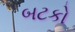
બટકો